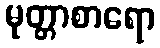
မုတ္တာစာရော